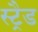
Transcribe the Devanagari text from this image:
स्ट्रैड